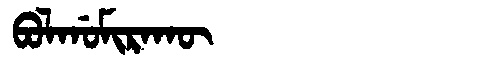
Manchu: ᠪᠣᠯᡤᠣᠮᡳᡵᠠᡴᡡ
Romanization: BOLGOMIRAKŪ